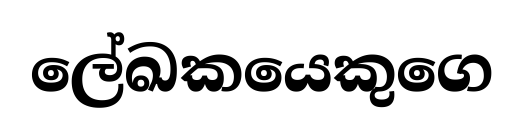
ලේඛකයෙකුගෙ